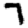
Digit: 7